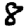
Digit: 8